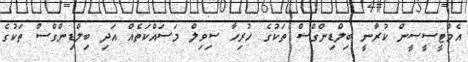
އެމްޓީސީސީން ކުރާނީ ބިލްޑިންގްސް ތަކުގެ ހުރިހާ ސިވިލް މަސައްކަތެއް އަދި ބިލްޑިންގްސް ތަކުގެ